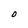
Character: O